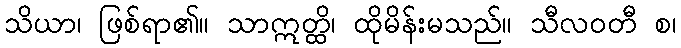
သိယာ၊ ဖြစ်ရာ၏။ သာဣတ္ထိ၊ ထိုမိန်းမသည်။ သီလဝတီ စ၊